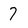
Character: 7